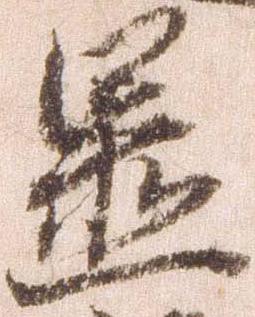
置